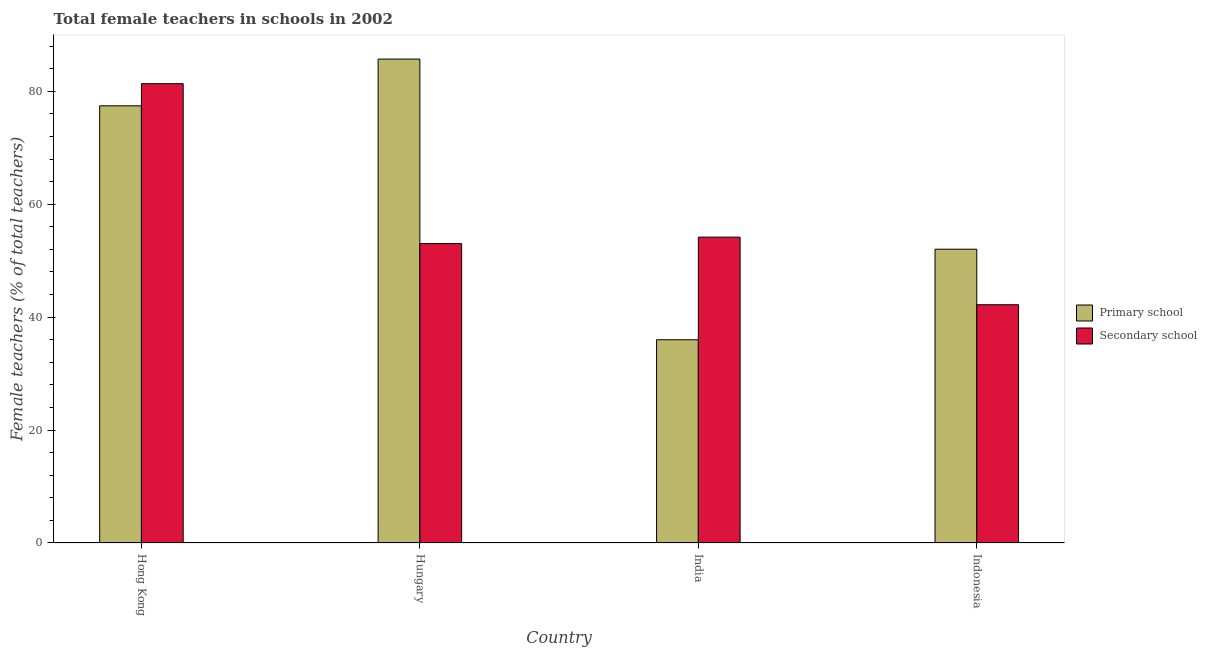
| Country | Primary school | Secondary school |
 | --- | --- | --- |
 | Hong Kong | 77.4 | 81.4 |
 | Hungary | 85.7 | 53 |
 | India | 36 | 54.2 |
 | Indonesia | 52 | 42.2 |